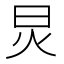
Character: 炅